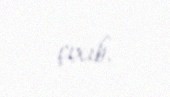
çıxıb.